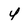
Character: 4